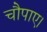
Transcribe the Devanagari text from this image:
चौपाए।